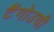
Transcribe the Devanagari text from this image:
टैंगोउची